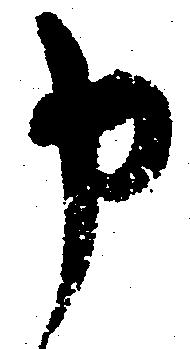
申